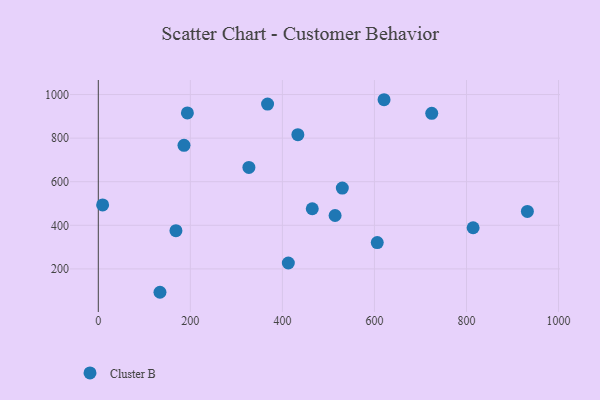
{"axis": {"x": "Investment", "y": "Profit"}, "legend": ["Cluster B"], "data": [{"x": "814.4", "y": 388.9, "type": "Cluster B"}, {"x": "412.9", "y": 227.0, "type": "Cluster B"}, {"x": "530.2", "y": 570.7, "type": "Cluster B"}, {"x": "433.6", "y": 815.7, "type": "Cluster B"}, {"x": "327.2", "y": 665.8, "type": "Cluster B"}, {"x": "367.8", "y": 956.3, "type": "Cluster B"}, {"x": "9.4", "y": 493.4, "type": "Cluster B"}, {"x": "186.2", "y": 767.0, "type": "Cluster B"}, {"x": "168.7", "y": 375.3, "type": "Cluster B"}, {"x": "932.3", "y": 463.8, "type": "Cluster B"}, {"x": "193.6", "y": 915.7, "type": "Cluster B"}, {"x": "724.5", "y": 913.9, "type": "Cluster B"}, {"x": "606.1", "y": 320.7, "type": "Cluster B"}, {"x": "464.9", "y": 475.9, "type": "Cluster B"}, {"x": "134.0", "y": 92.8, "type": "Cluster B"}, {"x": "620.9", "y": 976.2, "type": "Cluster B"}, {"x": "514.5", "y": 445.0, "type": "Cluster B"}]}